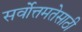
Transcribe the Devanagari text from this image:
सर्वोत्तमतेसाठी